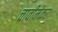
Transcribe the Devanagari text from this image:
चावीमेकर